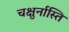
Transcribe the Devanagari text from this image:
चक्षुर्नास्ति